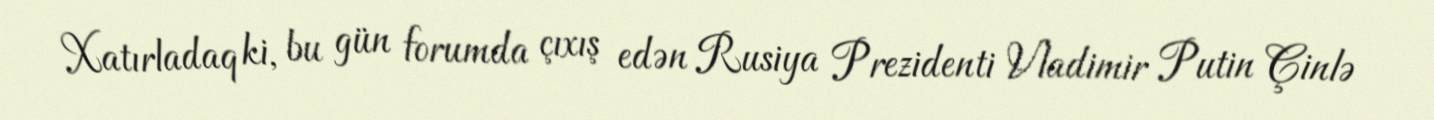
Xatırladaq ki, bu gün forumda çıxış edən Rusiya Prezidenti Vladimir Putin Çinlə